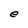
Character: e